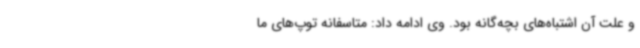
و علت آن اشتباه‌های بچه‌گانه بود. وی ادامه داد: متاسفانه توپ‌های ما